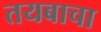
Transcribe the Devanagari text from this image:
तयबाचा